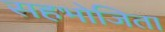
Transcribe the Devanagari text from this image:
सहभोजिता